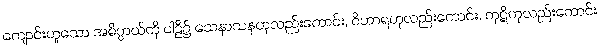
ကျောင်းဟူသော အဓိပ္ပာယ်ကို ပါဠိ၌ သေနာသနဟုလည်းကောင်း, ဝိဟာရဟုလည်းကောင်း, ကုဋိဟုလည်းကောင်း